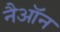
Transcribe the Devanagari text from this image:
नैऑन